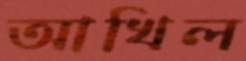
আখিল